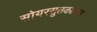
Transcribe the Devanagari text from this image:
सोयरसुतकाच्या